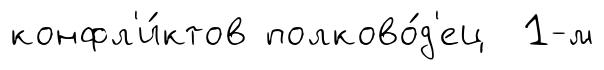
конфл'и́ктов полково́д'ец 1-м